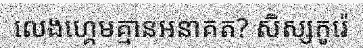
លេងហ្គេមគ្មានអនាគត? សិស្សកូរ៉េ